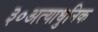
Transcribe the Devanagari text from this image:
३०अत्याधुनिक